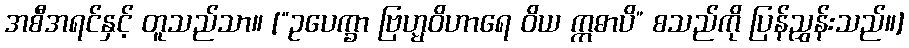
အစီအရင်နှင့် တူသည်သာ။ [“ဥပေက္ခာ ဗြဟ္မဝိဟာရေ ဝိယ ဣဓာပိ” စသည်ကို ပြန်ညွှန်းသည်။]